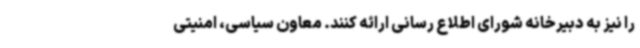
را نیز به دبیرخانه شورای اطلاع رسانی ارائه کنند. معاون سیاسی، امنیتی